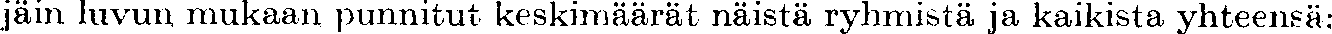
jäin luvun mukaan punnitut keskimäärät näistä ryhmistä ja kaikista yhteensä: